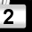
Digit: 2